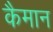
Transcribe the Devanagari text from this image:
कैमान